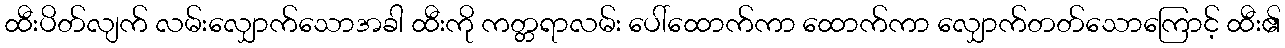
ထီးပိတ်လျက် လမ်းလျှောက်သောအခါ ထီးကို ကတ္တရာလမ်း ပေါ်ထောက်ကာ ထောက်ကာ လျှောက်တတ်သောကြောင့် ထီး၏